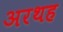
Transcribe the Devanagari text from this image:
अरथह